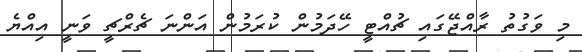
މި ވަގުތު ރާއްޖޭގައި ޗުއްޓީ ހޭދަމުން ކުރަމުން އަންނަ ޗެރްޗީ ވަނީ އިއްޔެ